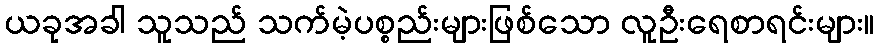
ယခုအခါ သူသည် သက်မဲ့ပစ္စည်းများဖြစ်သော လူဦးရေစာရင်းများ။